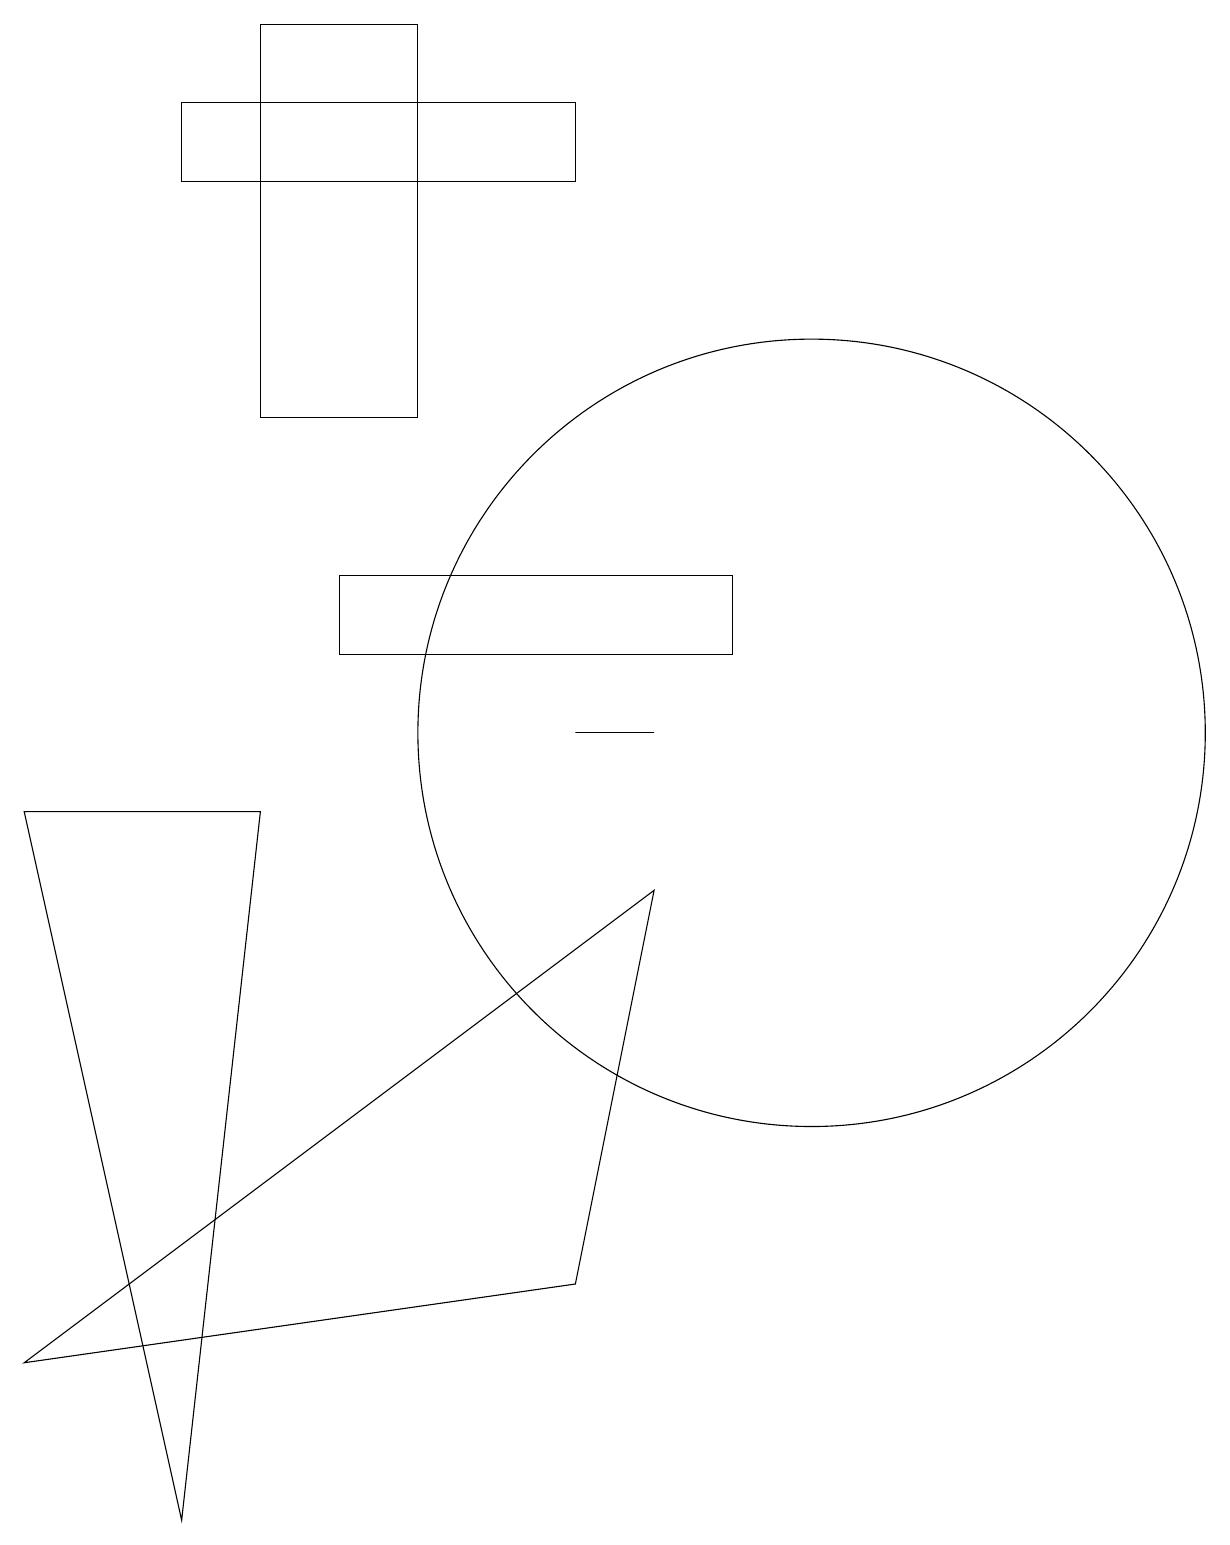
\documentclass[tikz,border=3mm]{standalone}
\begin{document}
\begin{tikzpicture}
\draw (8,10) rectangle (7,10);
\draw (3,14) rectangle (5,19);
\draw (8,8) -- (0,2) -- (7,3) -- cycle;
\draw (3,9) -- (2,0) -- (0,9) -- cycle;
\draw (2,18) rectangle (7,17);
\draw (10,10) circle (5);
\draw (9,11) rectangle (4,12);
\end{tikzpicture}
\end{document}